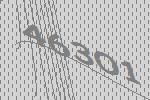
46301